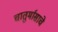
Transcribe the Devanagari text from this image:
चातुर्मासाचे